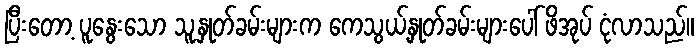
ပြီးတော့ ပူနွေးသော သူ့နှုတ်ခမ်းများက ကေသွယ့်နှုတ်ခမ်းများပေါ် ဖိအုပ် ငုံလာသည်။